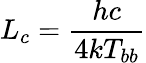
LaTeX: L_{c}=\frac{hc}{4kT_{bb}}